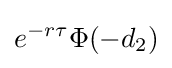
e^{-r\tau }\Phi (-d_{2})